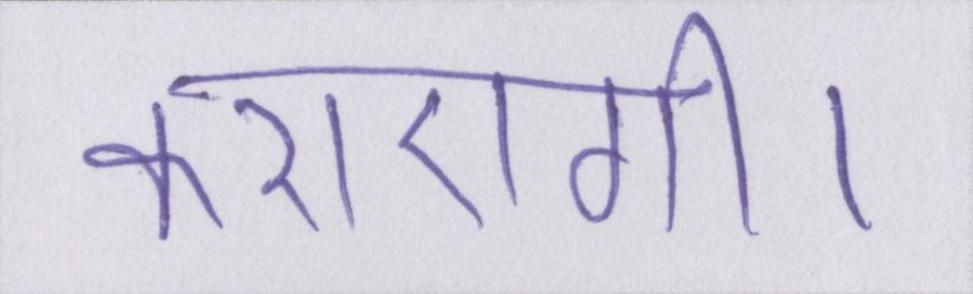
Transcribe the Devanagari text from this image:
कराएगी।